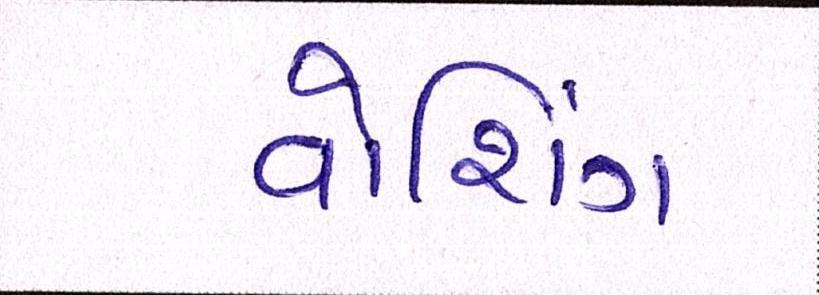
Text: વોશિંગ